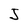
Character: J